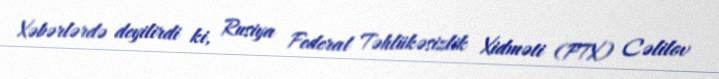
Xəbərlərdə deyilirdi ki, Rusiya Federal Təhlükəsizlik Xidməti (FTX) Cəlilov